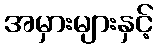
အမှားများနှင့်